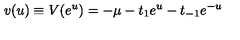
v ( u ) \equiv V ( e ^ { u } ) = - \mu - t _ { 1 } e ^ { u } - t _ { - 1 } e ^ { - u }